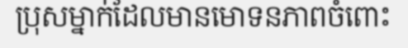
ប្រុសម្នាក់ដែលមានមោទនភាពចំពោះ